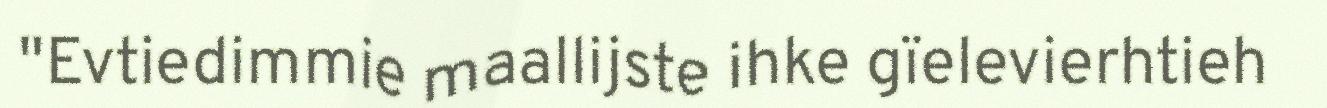
"Evtiedimmie maallijste ihke gïelevierhtieh